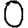
Digit: 0